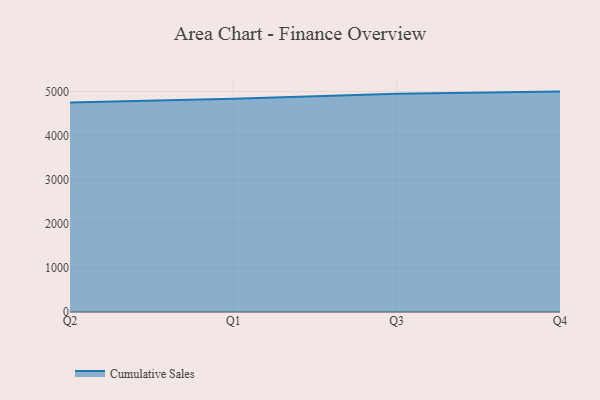
{"axis": {"x": "Quarter", "y": "Revenue (USD Million)"}, "legend": ["Cumulative Sales"], "data": [{"x": "Q2", "y": 4750.6, "type": "Cumulative Sales"}, {"x": "Q1", "y": 4839.2, "type": "Cumulative Sales"}, {"x": "Q3", "y": 4951.7, "type": "Cumulative Sales"}, {"x": "Q4", "y": 5000, "type": "Cumulative Sales"}]}